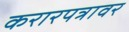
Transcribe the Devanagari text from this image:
करारपत्रावर